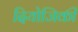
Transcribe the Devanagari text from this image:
दियोजिकी